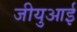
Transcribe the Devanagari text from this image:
जीयुआई